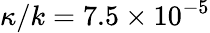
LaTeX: \kappa/k=7.5\times 10^{-5}